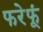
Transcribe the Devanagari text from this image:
फरेफूं